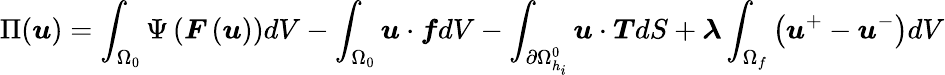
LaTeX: \Pi(\boldsymbol{u})=\int_{\Omega_{0}}{\Psi\left(\boldsymbol{F}\left(\boldsymbol{u}\right)\right)dV}-\int_{\Omega_{0}}{\boldsymbol{u}\cdot\boldsymbol{f}dV}-\int_{\partial\Omega_{h_{i}}^{0}}{\boldsymbol{u}\cdot\boldsymbol{T}dS}+\boldsymbol{\lambda}\int_{\Omega_{f}}{\left(\boldsymbol{u}^{+}-\boldsymbol{u}^{-}\right)}dV